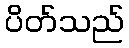
ပိတ်သည်